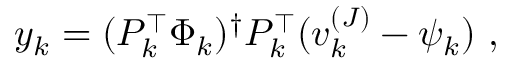
y _ { k } = ( P _ { k } ^ { \top } \Phi _ { k } ) ^ { \dagger } P _ { k } ^ { \top } ( v _ { k } ^ { ( J ) } - \psi _ { k } ) \mathrm { ~ , ~ }